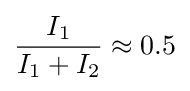
{\frac {I_{1}}{I_{1}+I_{2}}}\approx 0.5